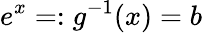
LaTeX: e^{x}=:g^{-1}(x)=b